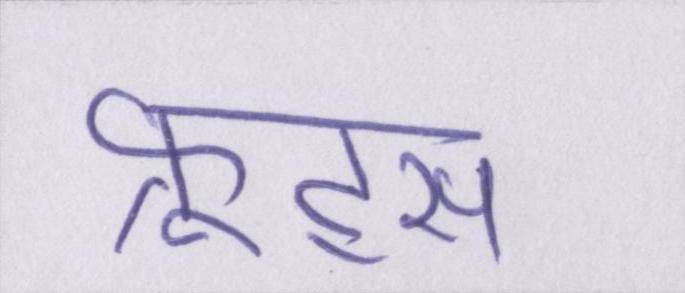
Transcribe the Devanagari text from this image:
फ्रूट्स